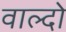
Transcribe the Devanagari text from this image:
वाल्दो